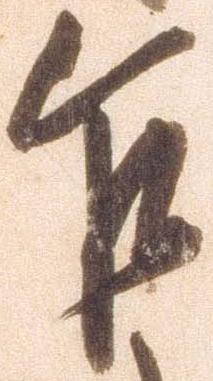
乍